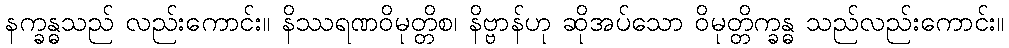
နက္ခန္ဓသည် လည်းကောင်း။ နိဿရဏဝိမုတ္တိစ၊ နိဗ္ဗာန်ဟု ဆိုအပ်သော ဝိမုတ္တိက္ခန္ဓ သည်လည်းကောင်း။